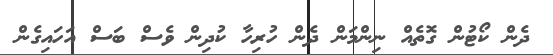
ދެން ކޯޓުން ގޮތެއް ނިންމަން ދެން ހުރިހާ ކުދިން ވެސް ބަސް އަހައިގެން